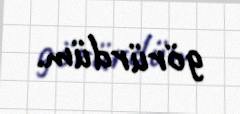
görürdüm.